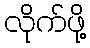
လိုက်ဖို့